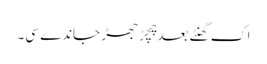
اک گھنٹے بعد چِچڑ جھڑ جاندے سی۔